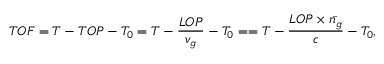
T O F = T - T O P - T _ { 0 } = T - \frac { L O P } { v _ { g } } - T _ { 0 } = = T - \frac { L O P \times \bar { n _ { g } } } { c } - T _ { 0 } ,